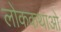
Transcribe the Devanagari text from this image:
लोककथाओ